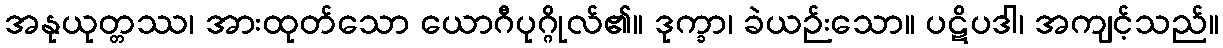
အနုယုတ္တဿ၊ အားထုတ်သော ယောဂီပုဂ္ဂိုလ်၏။ ဒုက္ခာ၊ ခဲယဉ်းသော။ ပဋိပဒါ၊ အကျင့်သည်။